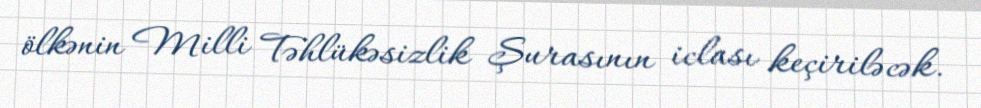
ölkənin Milli Təhlükəsizlik Şurasının iclası keçiriləcək.